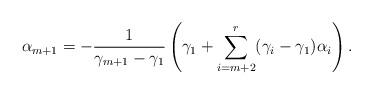
LaTeX: \begin{align*}\alpha_{m+1}= -\frac{1}{\gamma_{m+1}-\gamma_1}\left(\gamma_1+\sum_{i=m+2}^r(\gamma_i-\gamma_1)\alpha_i \right).\end{align*}